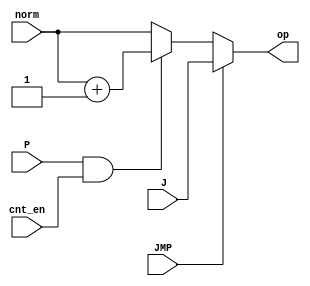
module PCHelper(
	input [11:0] norm,
	input P,
	input cnt_en,
	input JMP,
	input [11:0] J,
	output [11:0] op 
);
//	reg [11:0] one = 000000000001;
//	assign op = (P & cnt_en) ? (pipe + one) : norm;
	assign op = JMP ? J : (P & cnt_en) ? (norm + 11'b000000000001) : norm;
endmodule